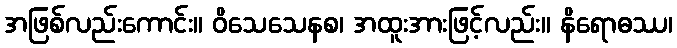
အဖြစ်လည်းကောင်း။ ဝိသေသေနစ၊ အထူးအားဖြင့်လည်း။ နိရောဓဿ၊